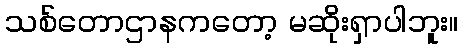
သစ်တောဌာနကတော့ မဆိုးရှာပါဘူး။